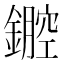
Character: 𨭏